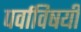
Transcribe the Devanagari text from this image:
पर्वाविषयी